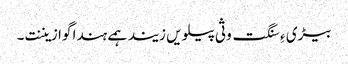
بیڑی ءِ سنگت وثی پیلویں زیند ہمے ہندا گوازیننت۔